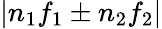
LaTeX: |n_{1}f_{1}\pm n_{2}f_{2}|